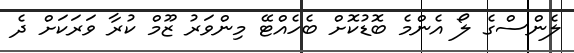
ލެންސްގެ ލޯ އެންމެ ބޮޑުކޮށް ބެހެއްޓޭ މިންވަރު ޒޫމް ކުރާ ވަރަކަށް ދެ